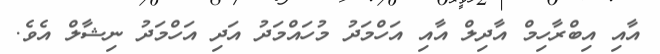
އާއި އިބްރާހިމް އާދިލް އާއި އަހްމަދު މުހައްމަދު އަދި އަހްމަދު ނިޝާލް އެވެ.